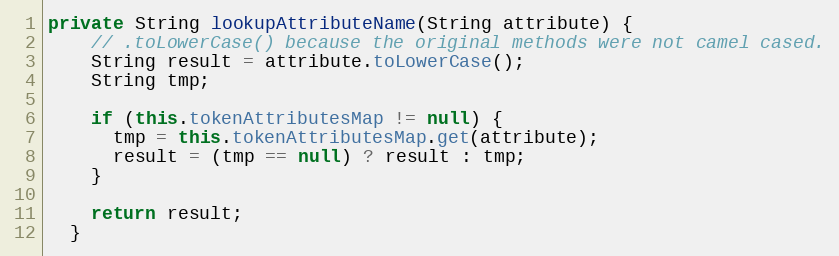
Language: Java
private String lookupAttributeName(String attribute) {
    // .toLowerCase() because the original methods were not camel cased.
    String result = attribute.toLowerCase();
    String tmp;

    if (this.tokenAttributesMap != null) {
      tmp = this.tokenAttributesMap.get(attribute);
      result = (tmp == null) ? result : tmp;
    }

    return result;
  }